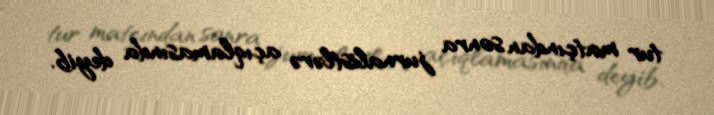
tur matçından sonra jurnalistlərə açıqlamasında deyib.